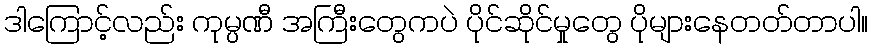
ဒါကြောင့်လည်း ကုမ္ပဏီ အကြီးတွေကပဲ ပိုင်ဆိုင်မှုတွေ ပိုများနေတတ်တာပါ။